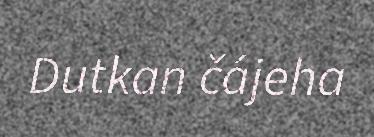
Dutkan čájeha